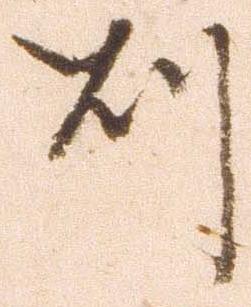
則